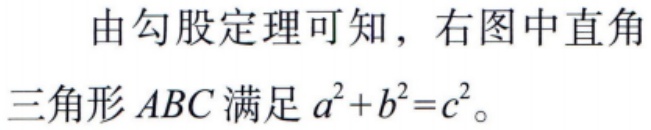
由勾股定理可知，右图中直角三角形 \(ABC\) 满足 \(a^{2}+b^{2}=c^{2}\)。